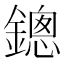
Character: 鏓